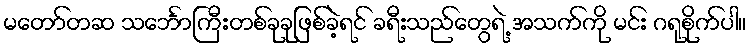
မတော်တဆ သင်္ဘောကြီးတစ်ခုခုဖြစ်ခဲ့ရင် ခရီးသည်တွေရဲ့ အသက်ကို မင်း ဂရုစိုက်ပါ။